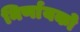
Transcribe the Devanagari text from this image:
निर्णायको